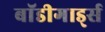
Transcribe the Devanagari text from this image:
बाॅडीगार्ड्स